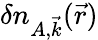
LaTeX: \delta n_{A,\vec{k}}(\vec{r})